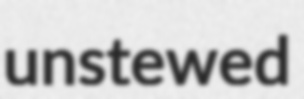
unstewed